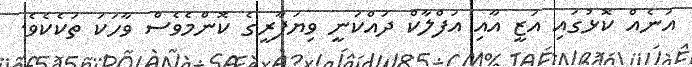
އަނެއް ކޮޅުގައި އަޒީ އާއި އަފްލާކް ދައްކަނީ ވިޔަފާރީގެ ކޮންމެވެސް ވާހަކަ ތަކެކެވެ.